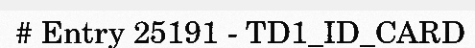
# Entry 25191 - TD1_ID_CARD